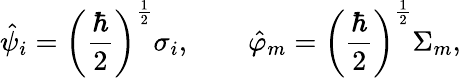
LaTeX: \hat{\psi}_{i}=\left(\frac{\hbar}{2}\right)^{\frac{1}{2}}\sigma_{i},\quad\quad\hat{\varphi}_{m}=\left(\frac{\hbar}{2}\right)^{\frac{1}{2}}\Sigma_{m},